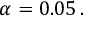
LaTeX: \alpha = 0 . 0 5 \, .